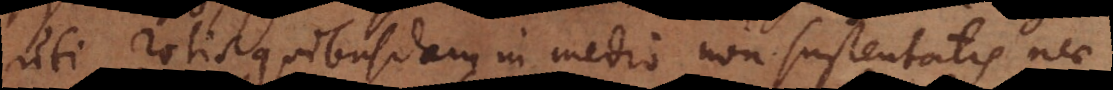
uti rotis quibusdam in medio non sustentatis nec